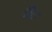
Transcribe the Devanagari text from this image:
जैट।